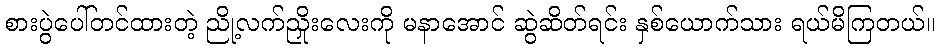
စားပွဲပေါ်တင်ထားတဲ့ ညို့လက်ညှိုးလေးကို မနာအောင် ဆွဲဆိတ်ရင်း နှစ်ယောက်သား ရယ်မိကြတယ်။